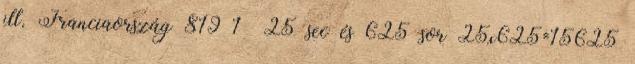
ill. Franciaország 819 1 25 sec és 625 sor 25x625=15625